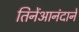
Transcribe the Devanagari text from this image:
तिनेंआनंदानें